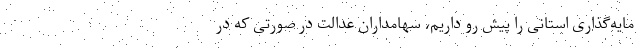
مایه‌گذاری استانی را پیش رو داریم، سهامداران عدالت در صورتی که در